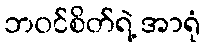
ဘဝင်စိတ်ရဲ့ အာရုံ